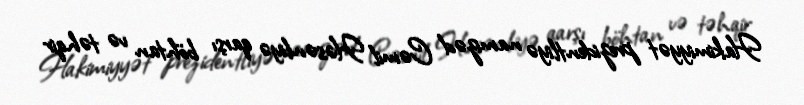
Hakimiyyət prezidentliyə namizəd Cəmil Həsənliyə qarşı böhtan və təhqir